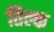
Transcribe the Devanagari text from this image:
तिल्क